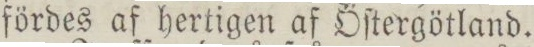
fördes af hertigen af Öſtergötland.